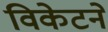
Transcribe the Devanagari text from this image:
विकेटने